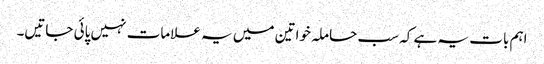
اہم بات یہ ہے کہ سب حاملہ خواتین میں یہ علامات نہیں پائی جاتیں۔